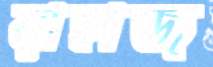
রাহাজ